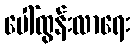
ပေါ်ထွန်းလာရေး